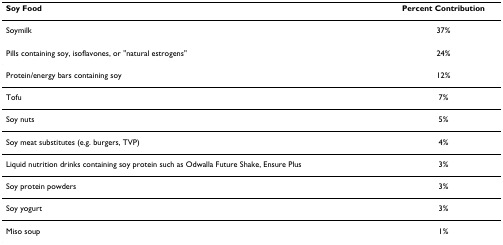
<table><thead><tr><td><b>Soy Food</b></td><td><b>Percent Contribution</b></td></tr></thead><tbody><tr><td>Soymilk</td><td>37%</td></tr><tr><td>Pills containing soy, isoflavones, or &quot;natural estrogens&quot;</td><td>24%</td></tr><tr><td>Protein/energy bars containing soy</td><td>12%</td></tr><tr><td>Tofu</td><td>7%</td></tr><tr><td>Soy nuts</td><td>5%</td></tr><tr><td>Soy meat substitutes (e.g. burgers, TVP)</td><td>4%</td></tr><tr><td>Liquid nutrition drinks containing soy protein such as Odwalla Future Shake, Ensure Plus</td><td>3%</td></tr><tr><td>Soy protein powders</td><td>3%</td></tr><tr><td>Soy yogurt</td><td>3%</td></tr><tr><td>Miso soup</td><td>1%</td></tr></tbody></table>